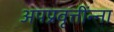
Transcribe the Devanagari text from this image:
अपप्रवृत्तींन्ना